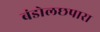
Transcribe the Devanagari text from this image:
बंडोलछपारा